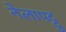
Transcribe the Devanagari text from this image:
नेलापट्टु